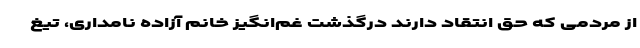
از مردمی که حق انتقاد دارند درگذشت غم‌انگیز خانم آزاده نامداری، تیغ